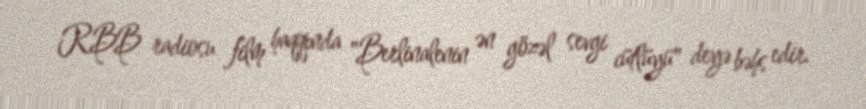
RBB radiosu film haqqında "Berlinalenin ən gözəl sevgi cütlüyü" deyə bəhs edir.